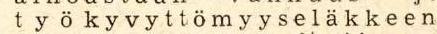
t y ö k y v y t t ö m y y s e l ä k k e e n,